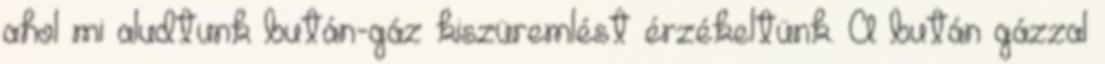
ahol mi aludtunk bután-gáz kiszüremlést érzékeltünk. A bután gázzal